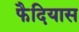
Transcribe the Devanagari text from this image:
फैदियास